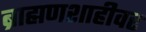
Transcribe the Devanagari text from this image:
ब्राह्मणशाहीवर